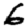
Digit: 6